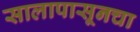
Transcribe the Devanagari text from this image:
सालापासूनचा